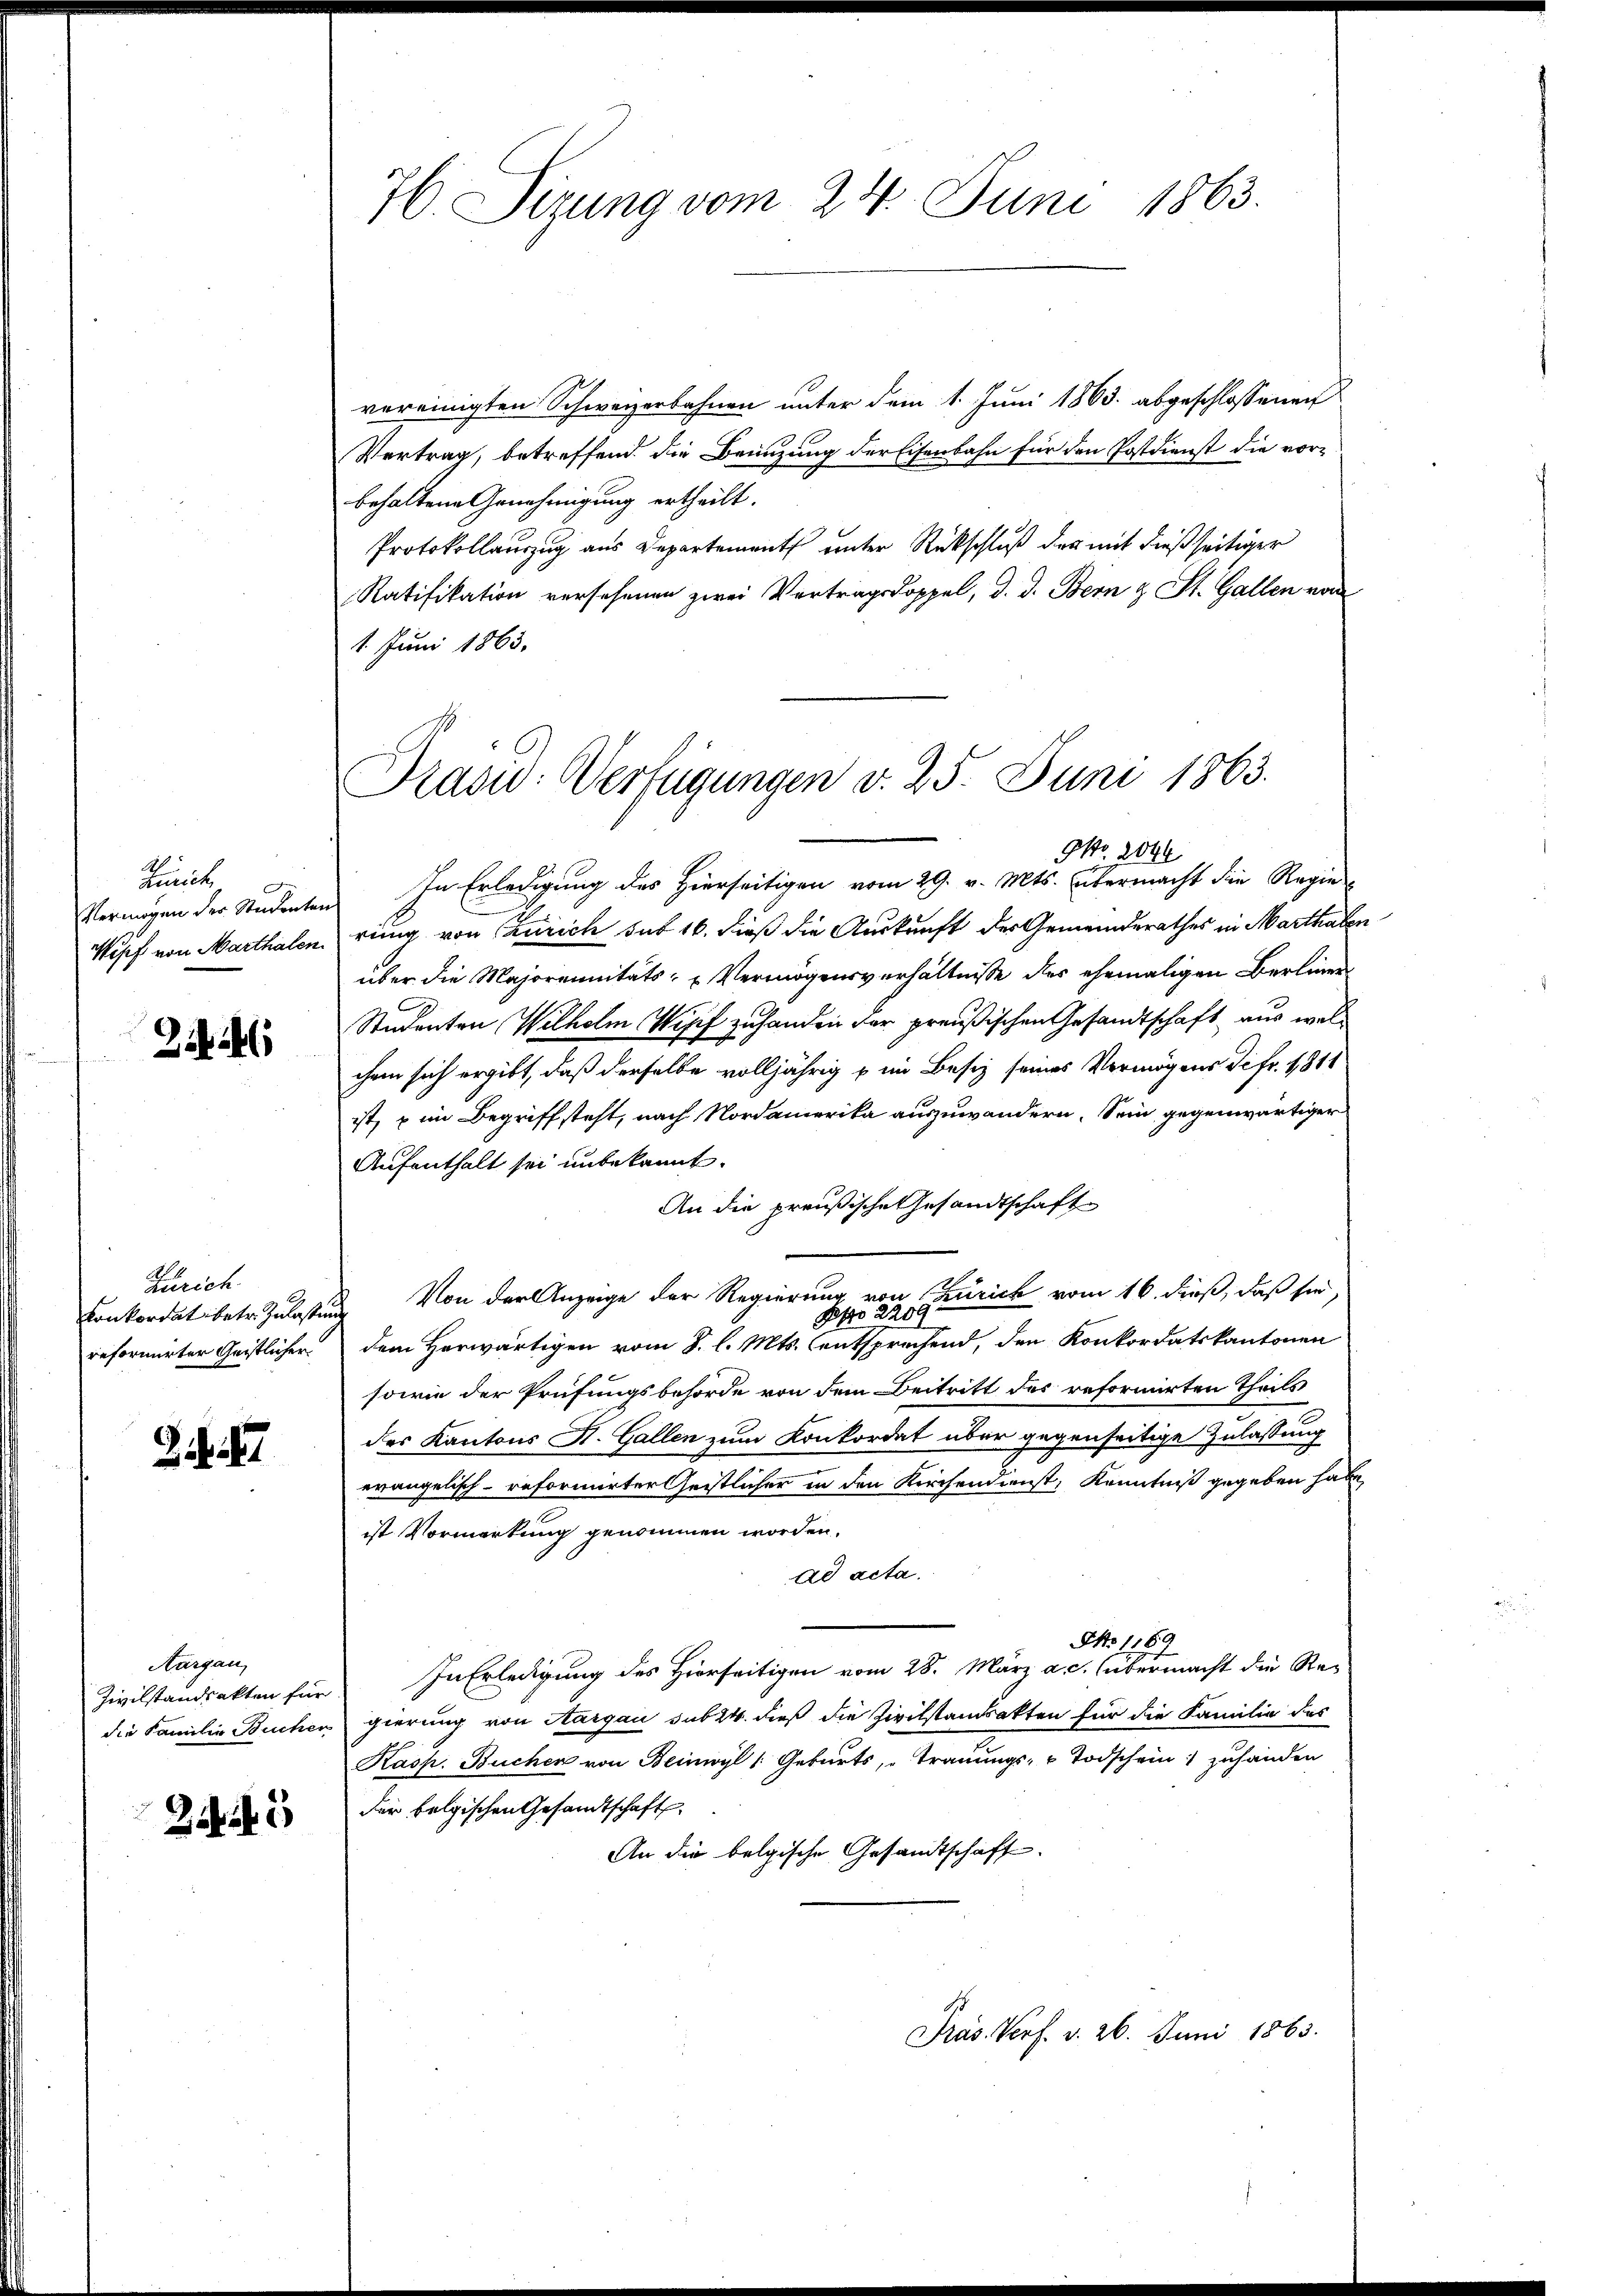
Lanike
E

244

Zürich
reformirter Geistlicher

Z.

Aargau,
Zivilstandsakten für

2

76. Sizung vom 24. Juni 1863.

vereinigten Schweizerbahnen unter dem 1. Juni 1863 abgeschlossenen
Vertrag, betreffend die Benuzung der Eisenbahn für den Postdienst die vor-
behaltene Genehmigung ertheilt.
Protokollauszug aus Departement unter Rückschluß des mit dießseitiger
Ratifikation versehenen zwei Vertragsdoppel, d. d. Bern & St. Gallen von
1. Juni 1863.
Vermögen der Studenten. In Erledigung des Hierseitigen vom 29. v. Mts. übermacht die Regie
Wipf von Marthalen rung von Caurich sub 16. dieß die Auskunft des Gemeinderathes in Marthaler
über die Majorennitäts- u Vermögensverhältnisse des ehemaligen Berliner
Studenten Wilhelm Wipf zuhanden der preußischen Gesandtschaft aus welchem sich ergibt, daß derselbe volljährig & im Besiz seines Vermögens de fr. 1811
ist, u im Begriffsteht, nach Nordamerika auszuwandern. Sein gegenwärtiger
Aufenthalt sei unbekannt.
An die preußische Gesandtschaft
Konkordat betr. Zulastung von der Anzeige der Regierung von Zürich vom 16. dieß, daß sie,
A
dem Herwärtigen vom 8. l. Mts. entsprechend, den Konkordatskantonen
sowie der Prüfungsbehörde von dem Beitritt des reformirten Theils
des Kantons St. Gallen zum Konkordat über gegenseitige Zulassung
evangelisch-reformirter Geistlicher in den Kirchendienst, Kenntniß gegeben habe,
ist Vormerkung genommen worden.
ad acta.
NNo. 1189
In Erledigung des Hierseitigen vom 28. März a. c. übermacht die Re-
die Familie Bucher gierung von Aargau sub 24. dieß die Zivilstandsakten für die Familie des
Kasp. Bücher von Beinwyl (Geburts, Trauungs- u Todschein: zuhanden
der belgischen Gesandtschaft
An die belgische Gesandtschaft.
Präs. Verf. v. 26. Juni 1863.

Präsid. Verfügungen v. 25. Juni 1863.
NNo. 2044